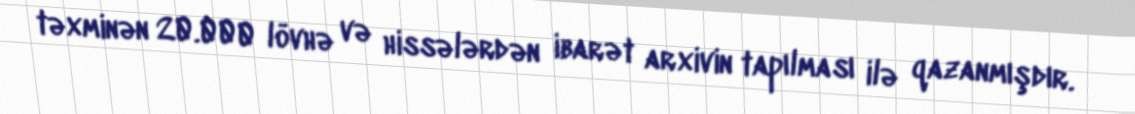
təxminən 20.000 lövhə və hissələrdən ibarət arxivin tapılması ilə qazanmışdır.